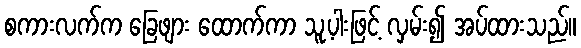
စကားလက်က ခြေဖျား ထောက်ကာ သူ့ပါးဖြင့် လှမ်း၍ အပ်ထားသည်။